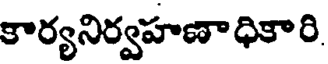
కార్యనిర్వహణాధికారి.